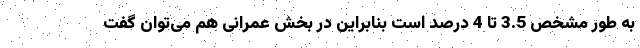
به طور مشخص 3.5 تا 4 درصد است بنابراین در بخش عمرانی هم می‌توان گفت